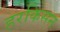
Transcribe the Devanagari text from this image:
हरकिसन